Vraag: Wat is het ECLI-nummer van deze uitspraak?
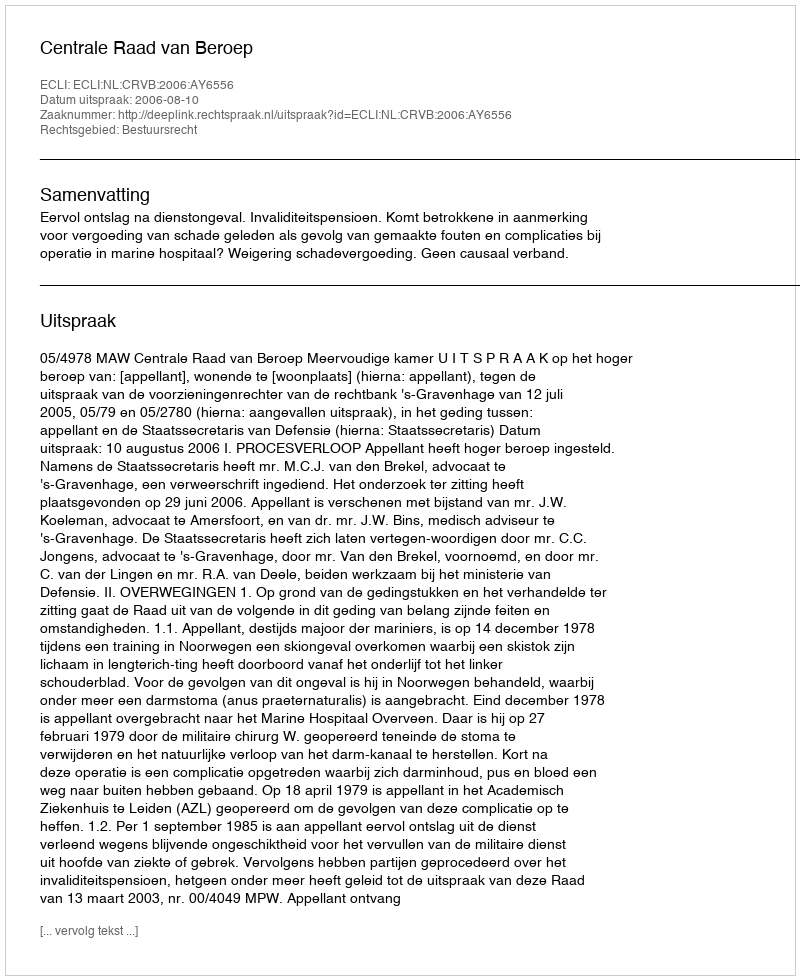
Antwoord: ECLI:NL:CRVB:2006:AY6556